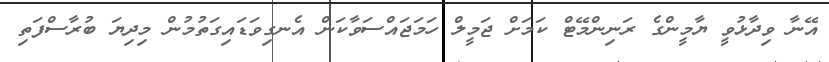
އޭނާ ވިދާޅުވީ ޔާމީންގެ ރަނިންމޭޓް ކަމަށް ޖަމީލް ހަމަޖައްސަވާކަން އެނގިވަޑައިގަތުމުން މިދިޔަ ބުރާސްފަތި